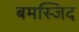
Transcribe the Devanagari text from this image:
बमस्जिद